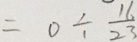
= 0 \div \frac { 1 6 } { 2 3 }